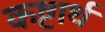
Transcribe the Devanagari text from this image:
कष्टार्थ